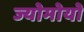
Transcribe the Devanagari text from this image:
ज्योमोयो